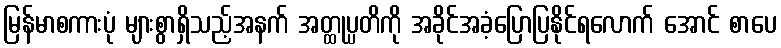
မြန်မာစကားပုံ များစွာရှိသည့်အနက် အတ္ထုပ္ပတိကို အခိုင်အခံ့ပြောပြနိုင်ရလောက် အောင် စာပေ